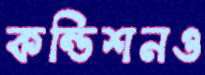
কন্ডিশনও